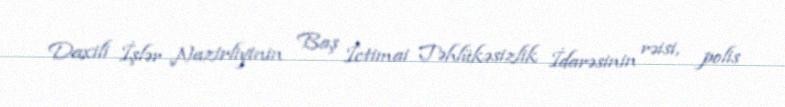
Daxili İşlər Nazirliyinin Baş İctimai Təhlükəsizlik İdarəsinin rəisi, polis